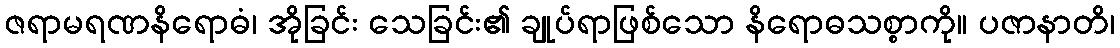
ဇရာမရဏနိရောဓံ၊ အိုခြင်း သေခြင်း၏ ချုပ်ရာဖြစ်သော နိရောဓသစ္စာကို။ ပဇာနာတိ၊